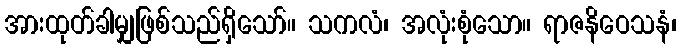
အားထုတ်ခါမျှဖြစ်သည်ရှိသော်။ သကလံ၊ အလုံးစုံသော။ ရာဇနိဝေသနံ၊